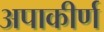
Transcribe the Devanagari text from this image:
अपाकीर्ण